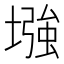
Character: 𫮬